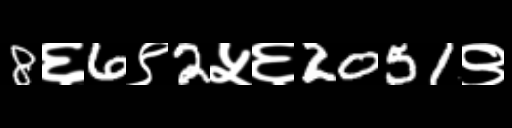
Text: 8६6९2५६2051९